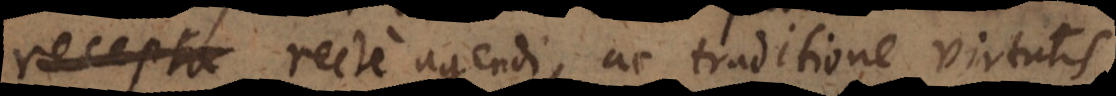
recte agendi, ac traditione virtutis